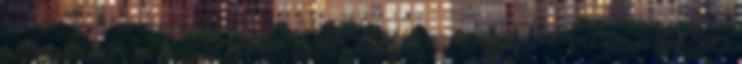
az esetben amennyiben az alvállalkozója számára. Pl: futárszolgálat ,